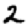
Digit: 2